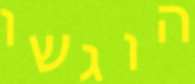
הוגשו